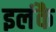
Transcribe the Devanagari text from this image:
इलंकै